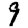
Digit: 9